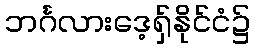
ဘင်္ဂလားဒေ့ရှ်နိုင်ငံ၌